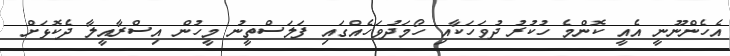
އެހެންނޫނީ އެއީ ކޮންމެ ހުކުރު ދުވަހަކާއި ހޯމަދުވަހެއްގައި ފަލަސްތީނު މީހުން އިސްރާއީލާ ދެކޮޅަށް